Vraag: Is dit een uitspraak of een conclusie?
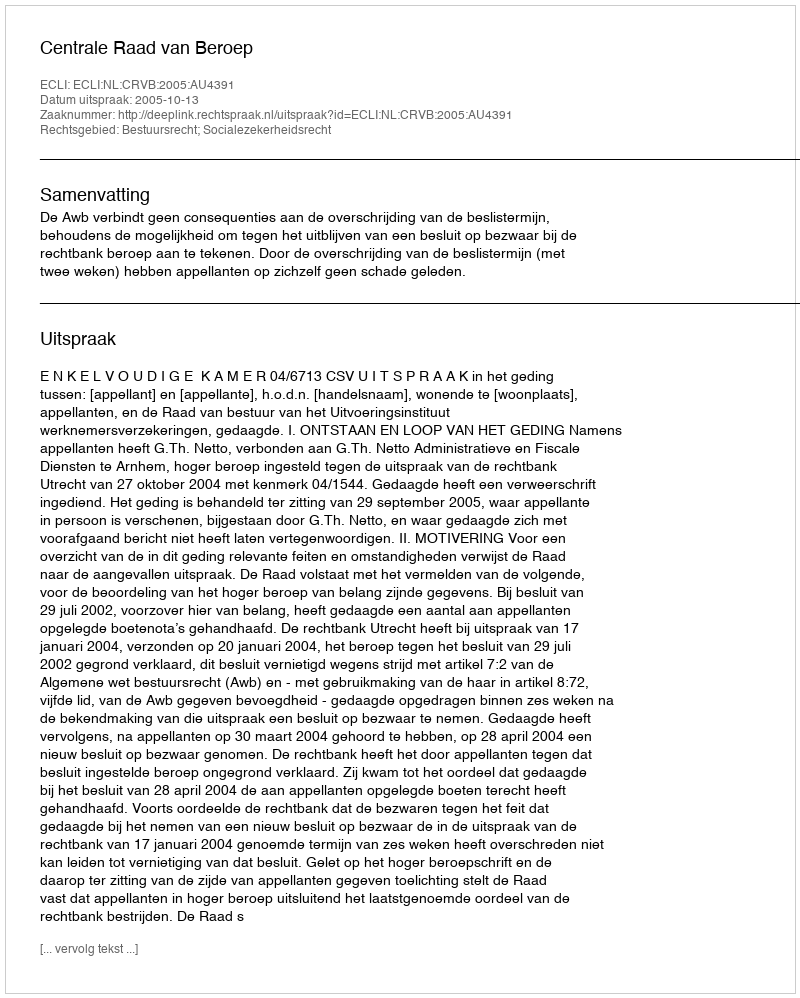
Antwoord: Uitspraak